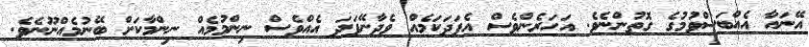
އޭނައާ އެއްބަސްވުމުގެ ގޮތުންނެވެ. އަހަރެންވެސް އެފަދަކަމެއް ވެދާނޭފަދަ އެއްވެސް ނިންމުމެއް ނިންމާކަށް ބޭނުމެއްނޫނެވެ.